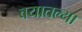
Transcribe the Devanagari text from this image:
वयातल्या